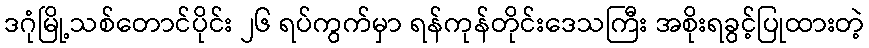
ဒဂုံမြို့သစ်တောင်ပိုင်း ၂၆ ရပ်ကွက်မှာ ရန်ကုန်တိုင်းဒေသကြီး အစိုးရခွင့်ပြုထားတဲ့